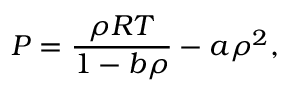
P = \frac { \rho R T } { 1 - b \rho } - a \rho ^ { 2 } ,